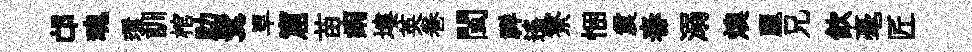
邙魂環訓棺助鬂旱窟苗痢塿英巻閩祥遥寮悃震舂溺燠麗兄飲毫匠